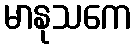
မာနုသကေ